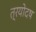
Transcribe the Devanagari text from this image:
त्रयोदष